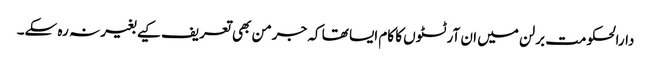
دارالحکومت برلن میں ان آرٹسٹوں کا کام ایسا تھا کہ جرمن بھی تعریف کیے بغیر نہ رہ سکے۔